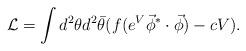
LaTeX: \begin{align*}{\cal L} = \int d^2\theta d^2\bar{\theta} (f(e^V \vec{\phi}^*\cdot\vec{\phi}) -cV). \end{align*}